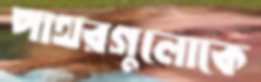
পাথরগুলোকে